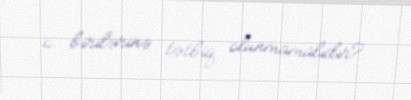
o birilərinə tətbiq olunmamalıdır?.